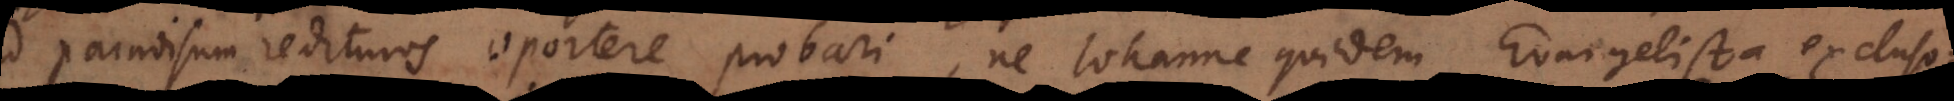
paradisum redituros oportere probari, ne Johanne quidem Evangelista excluso: